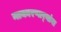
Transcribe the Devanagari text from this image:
नाकारणार्‍यांना